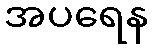
အပရေန